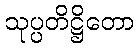
သုပ္ပတိဋ္ဌိတော